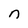
Character: n